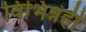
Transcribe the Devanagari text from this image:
विभिन्नही